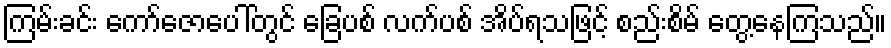
ကြမ်းခင်း ကော်ဇောပေါ်တွင် ခြေပစ် လက်ပစ် အိပ်ရသဖြင့် စည်းစိမ် တွေ့နေကြသည်။